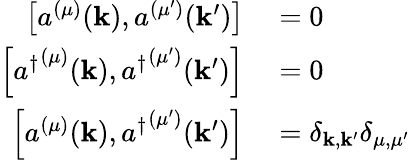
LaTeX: \begin{array}{rl}{\left[a^{(\mu)}(\mathbf{k}),a^{(\mu^{\prime})}(\mathbf{k}^{\prime})\right]}&{{}=0}\\ {\left[{a^{\dagger}}^{(\mu)}(\mathbf{k}),{a^{\dagger}}^{(\mu^{\prime})}(\mathbf{k}^{\prime})\right]}&{{}=0}\\ {\left[a^{(\mu)}(\mathbf{k}),{a^{\dagger}}^{(\mu^{\prime})}(\mathbf{k}^{\prime})\right]}&{{}=\delta_{\mathbf{k},\mathbf{k}^{\prime}}\delta_{\mu,\mu^{\prime}}}\end{array}